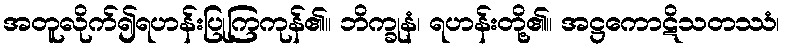
အတူလိုက်၍ရဟန်းပြုကြကုန်၏။ ဘိက္ခုနံ၊ ရဟန်းတို့၏။ အဋ္ဌကောဋိသတဿံ၊